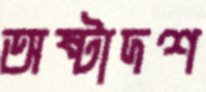
অষ্টাদশ